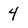
Character: 4